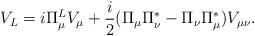
LaTeX: \begin{align*}V_{L} = i \Pi_{\mu}^{L} V_{\mu} + \frac{i}{2} (\Pi_{\mu} \Pi_{\nu}^{*} - \Pi_{\nu} \Pi_{\mu}^{*}) V_{\mu \nu} . \end{align*}